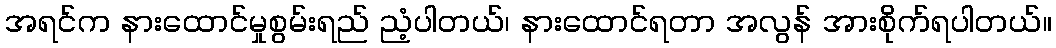
အရင်က နားထောင်မှုစွမ်းရည် ညံ့ပါတယ်၊ နားထောင်ရတာ အလွန် အားစိုက်ရပါတယ်။